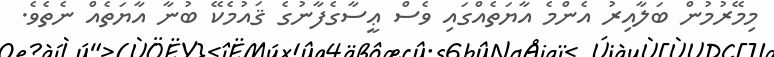
މިމޭރުމުން ބަލާއިރު އެންމެ އާޔަތެއްގައި ވެސް ޢީސާގެފާނުގެ ޤައުމެކޭ ބުނާ އާޔަތެއް ނެތެވެ.